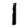
Digit: 1